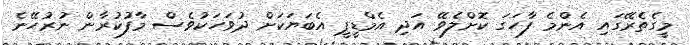
މީގެތެރޭގައި އެންމެ ފާހަގަ ކޮށްލެވޭ އަދި އެމްޑީޕީ އެބަޔަކަށް ދުވަހަކުވެސް މާފުކުރާން ނުރުހޭނެ